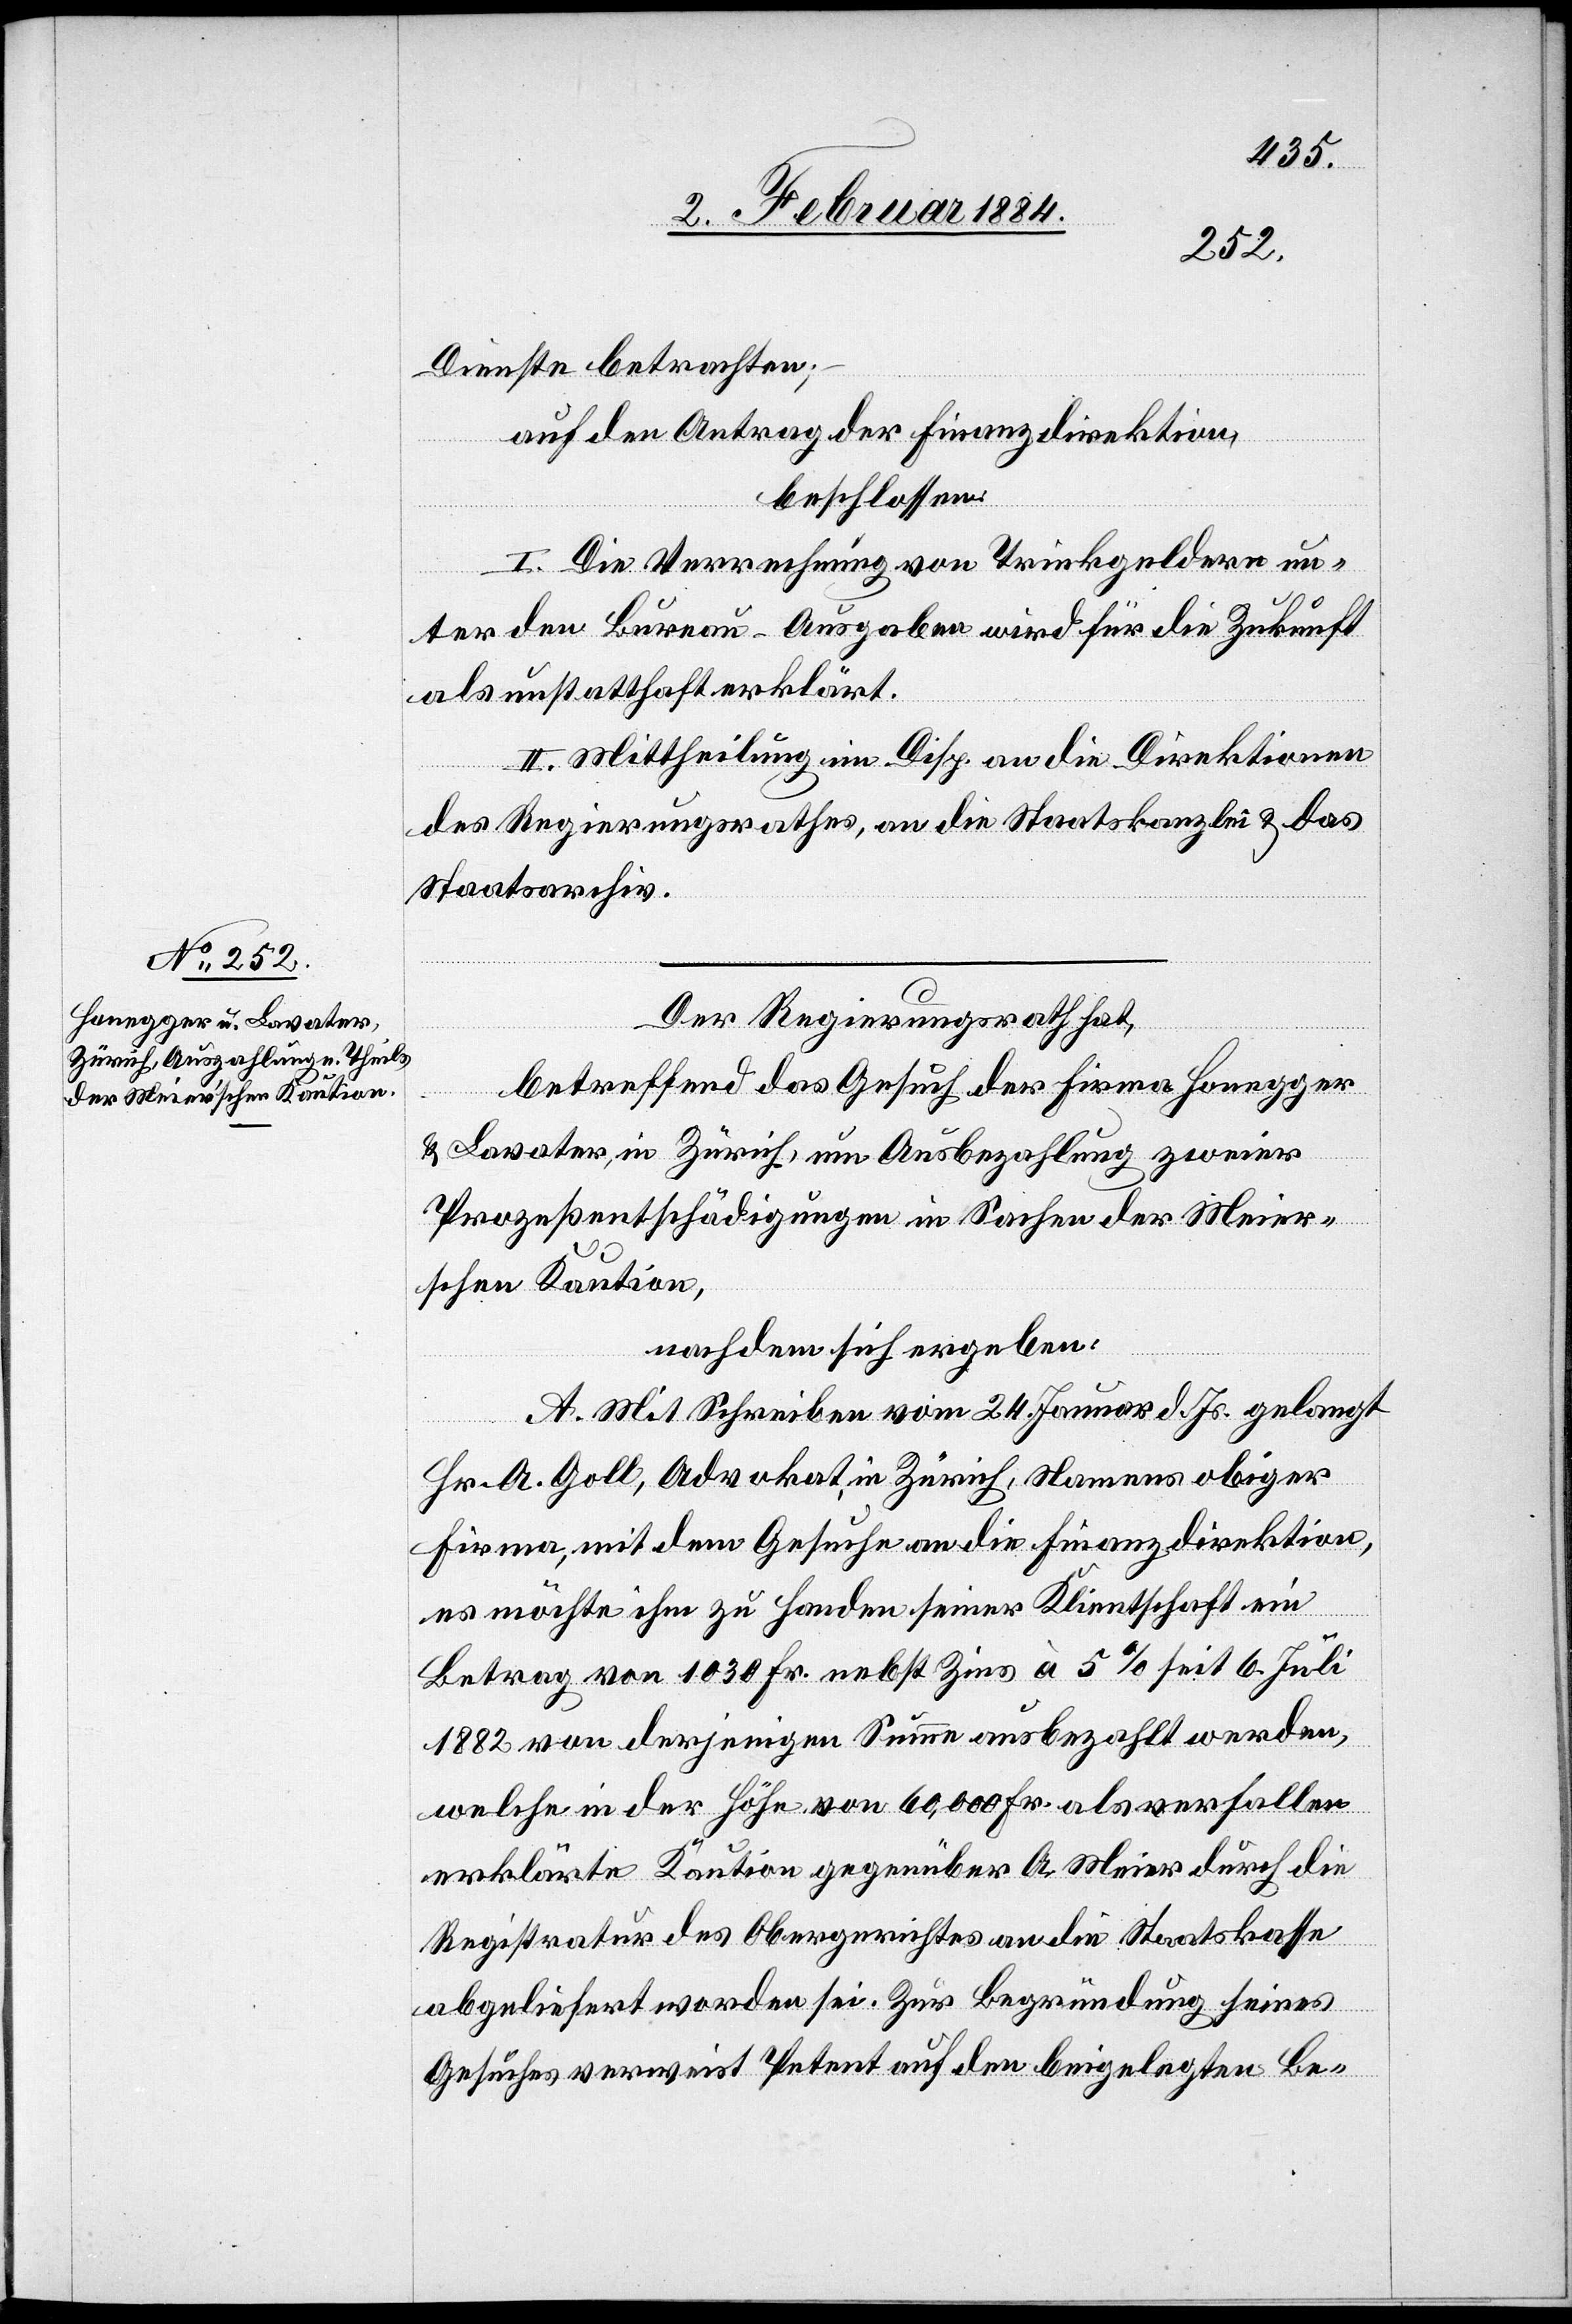
Dienste betrachten;
auf den Antrag der Finanzdirektion,
beschlossen:
I. Die Verrechnung von Trinkgeldern un¬
ter den Bureau-Ausgaben wird für die Zukunft
als unstatthaft erklärt.
II. Mittheilung an Disp. an die Direktionen
des Regierungsrathes, an die Staatskanzlei & das
Staatsarchiv.